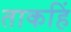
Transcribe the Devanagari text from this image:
ताकहिं